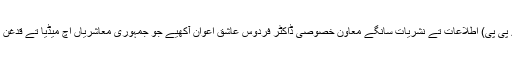
22 اگست (اے پی پی) اطلاعات تے نشریات سانگے معاون خصوصی ڈاکٹر فردوس عاشق اعوان آکھیے جو جمہوری معاشریاں اچ میڈیا تے قدغن نی لاتی ویندی۔